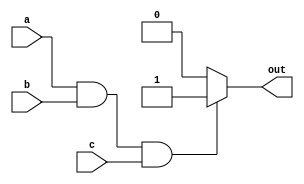
module if_else_statement (
  input a,
  input b,
  input c,
  output reg out
);

always @ (*) begin
  if (a && b && c) begin
    // Execute statements if all conditions are true
    out <= 1;
  end else begin
    // Execute statements if not all conditions are true
    out <= 0;
  end
end

endmodule